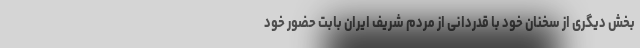
بخش دیگری از سخنان خود با قدردانی از مردم شریف ایران بابت حضور خود